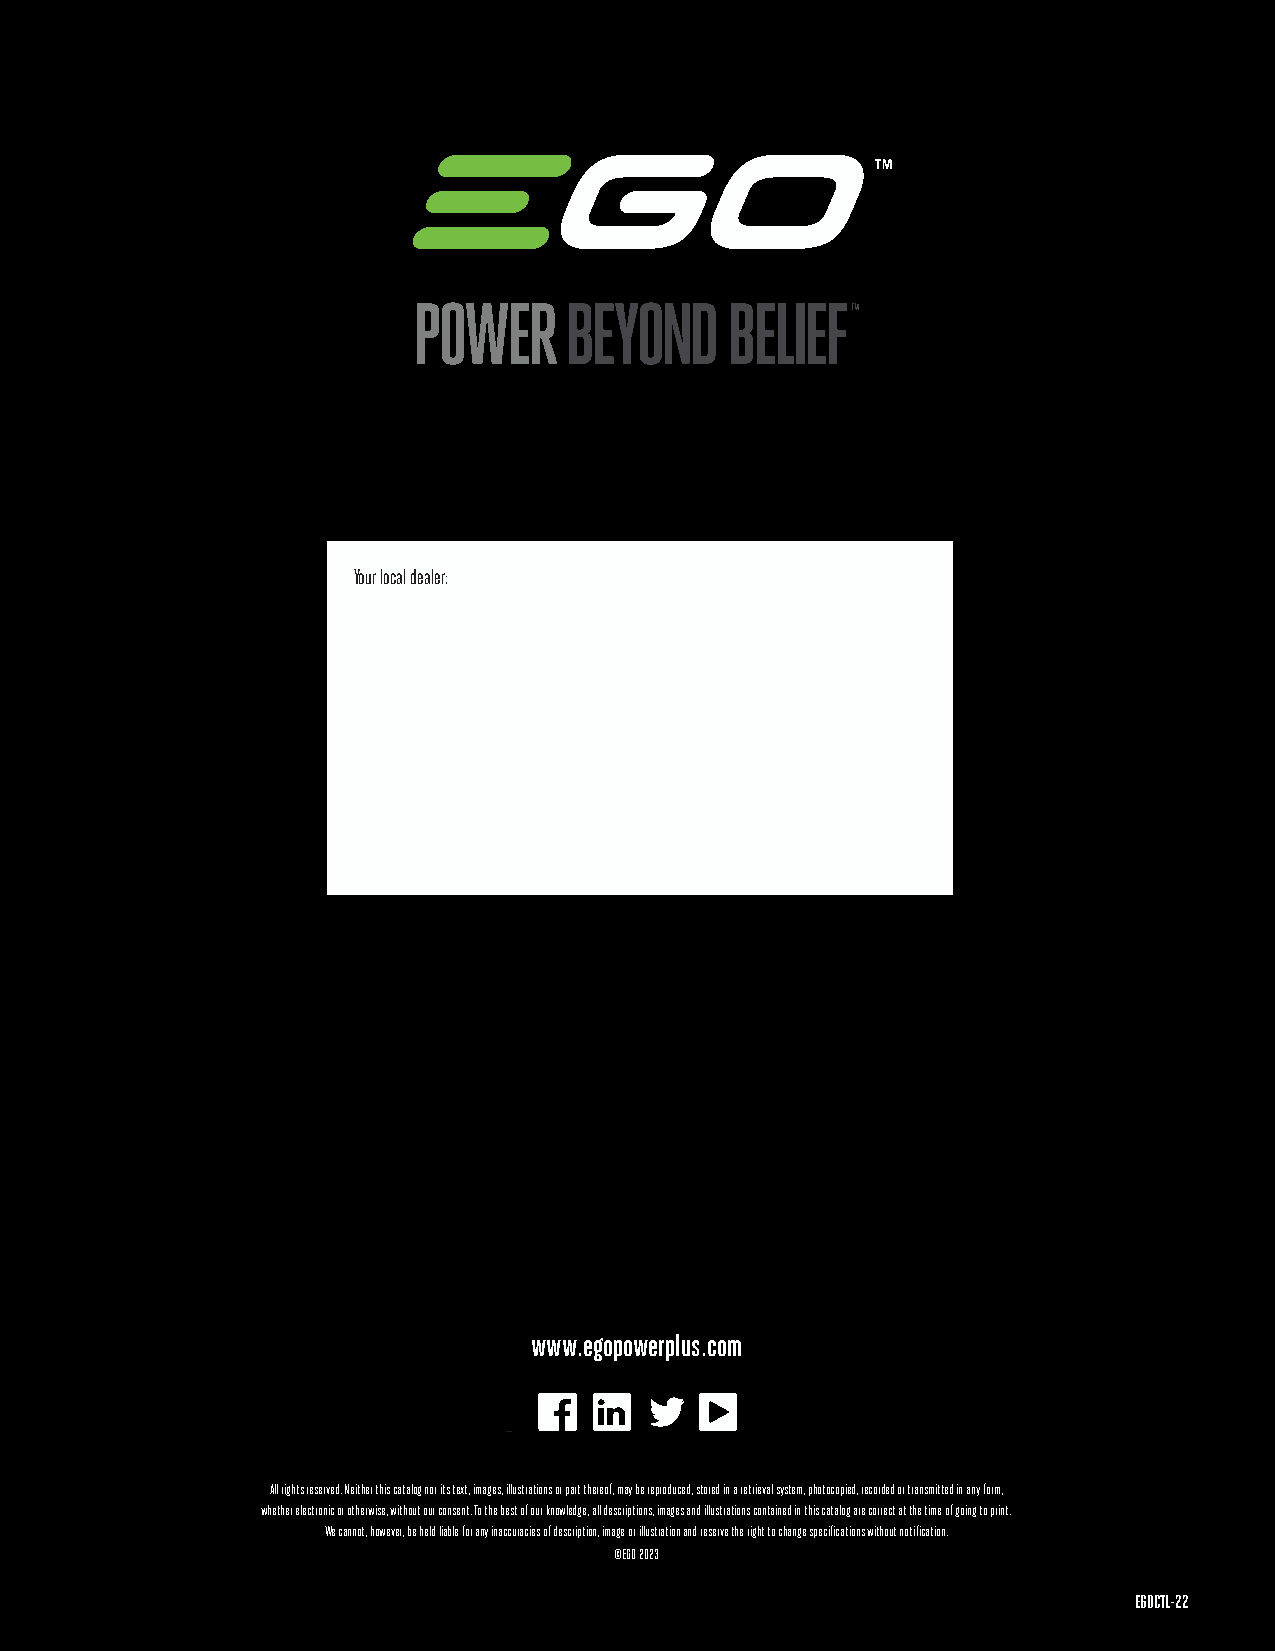
Your local dealer:
 www.egopowerplus.com
 All rights reserved. Neither this catalog nor its text, images, illustrations or part thereof, may be reproduced, stored in a retrieval system, photocopied, recorded or transmitted in any form,
 whether electronic or otherwise, without our consent. To the best of our knowledge, all descriptions, images and illustrations contained in this catalog are correct at the time of going to print.
 We cannot, however, be held liable for any inaccuracies of description, image or illustration and reserve the right to change specifications without notification.
 ©EGO 2023
 EGOCTL-22